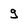
Character: g